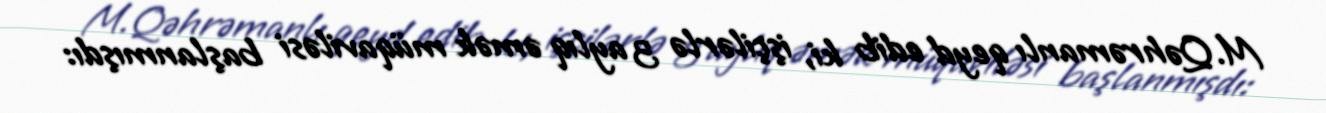
M.Qəhrəmanlı qeyd edib ki, işçilərlə 3 aylıq əmək müqaviləsi başlanmışdı: